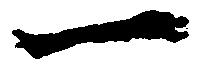
一